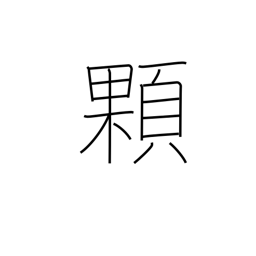
Meaning: grain (e.g. rice)